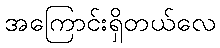
အကြောင်းရှိတယ်လေ